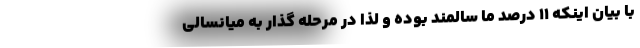
با بیان اینکه ۱۱ درصد ما سالمند بوده و لذا در مرحله گذار به میانسالی